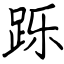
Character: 跞